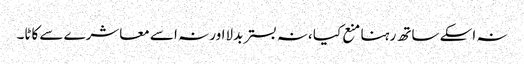
نہ اسکے ساتھ رہنا منع کیا ،نہ بستر بدلااور نہ اسے معاشرے سے کاٹا۔